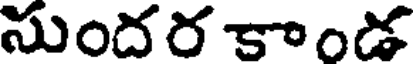
సుందర కాండ